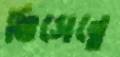
ভিসেন্তে